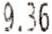
9.36